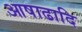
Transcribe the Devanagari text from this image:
आषाढादि